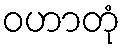
ဝဟာတုံ